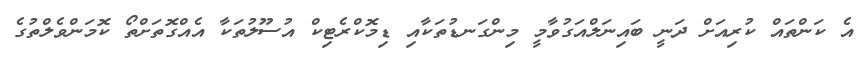
އެ ކަންތައް ކުރިއަށް ދަނީ ބައިނަލްއަގުވާމީ މިންގަނޑުތަކާއި ޑިމޮކްރެޓިކް އުސޫލުތަކާ އެއްގޮތަށްތޯ ކޮމަންވެލްތުގެ